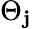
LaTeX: \Theta_{\mathbf{j}}